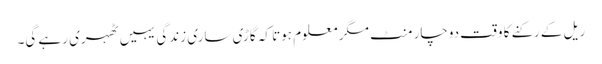
ریل کے رکنے کا وقت دوچار منٹ مگر معلوم ہوتا کہ گاڑی ساری زندگی یہیں ٹھہری رہے گی۔